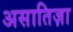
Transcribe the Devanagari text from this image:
असातिज़ा